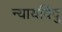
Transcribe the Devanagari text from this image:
न्यायविंदु